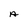
Character: A